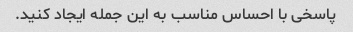
پاسخی با احساس مناسب به این جمله ایجاد کنید.